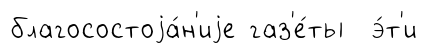
благосостоjа́н'иjе газ'е́ты э́т'и